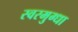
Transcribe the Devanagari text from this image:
स्वरमुग्धा